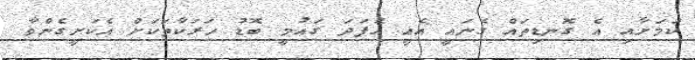
ކަމަށާއި އެ ގޮނޑިތައް ގެނައީ އެއީ އެފަދަ ގައުމީ ބޮޑު ހަރަކާތަކަށް އެކަށީގެންވާ